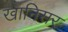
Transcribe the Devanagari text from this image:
खानिसर